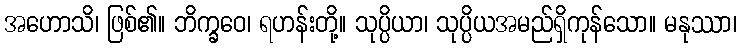
အဟောသိ၊ ဖြစ်၏။ ဘိက္ခဝေ၊ ရဟန်းတို့။ သုပ္ပိယာ၊ သုပ္ပိယအမည်ရှိကုန်သော။ မနုဿာ၊